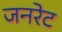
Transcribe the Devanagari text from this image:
जनरेट